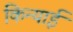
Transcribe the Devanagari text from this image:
किन्याई